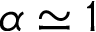
\alpha \simeq 1